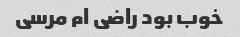
خوب بود راضی ام مرسی